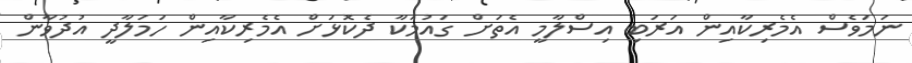
ނަމަވެސް އެމެރިކާއިން އަރަބި އިސްލާމީ އެތަށް ގައުމަކާ ދެކޮޅަށް އެމެރިކާއިން ހަމަލާދީ އުދުވާން